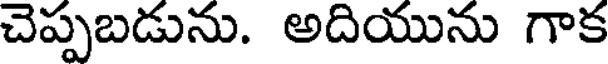
చెప్పబడును. అదియును గాక